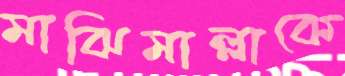
মাঝিমাল্লাকে